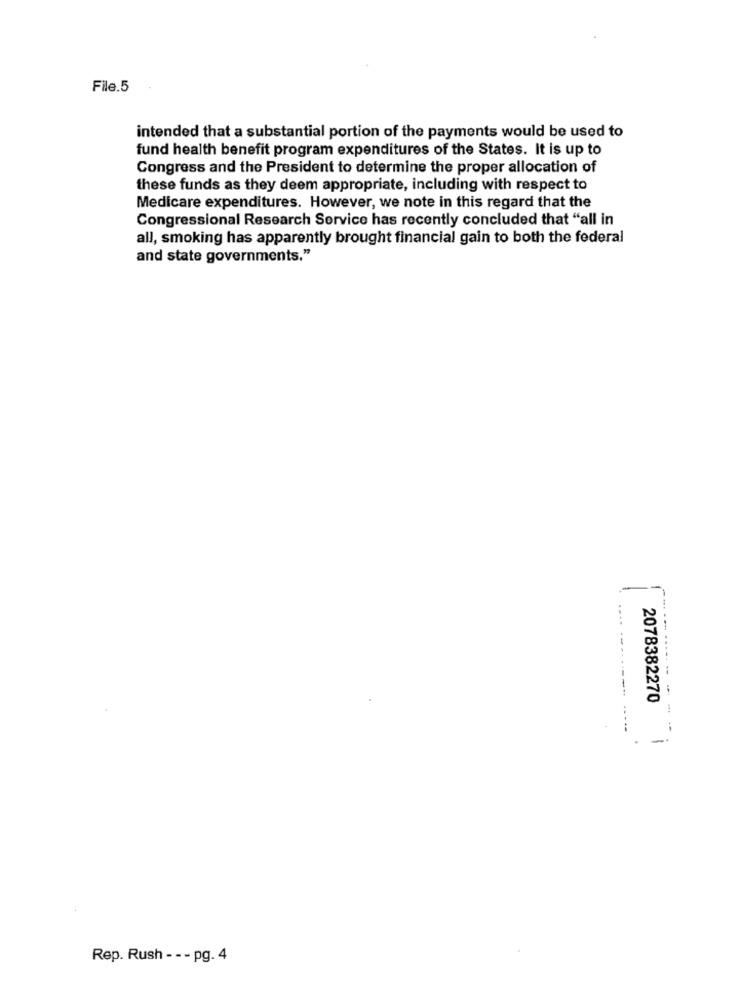
File.5
intended that a substantial portion of the payments would be used to
fund health benefit program expenditures of the States. It is up to
Congress and the President to determine the proper allocation of
these funds as they deem appropriate, including with respect to
Medicare expenditures. However, we note in this regard that the
Congressional Research Service has recently concluded that "all in
all, smoking has apparently brought financial gain to both the federal
and state governments."
.... ....
2078382270
1
-
Rep. Rush - - - pg. 4